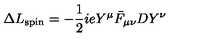
\Delta L _ { \mathrm { s p i n } } = - { \frac { 1 } { 2 } } i e Y ^ { \mu } \bar { F } _ { \mu \nu } D Y ^ { \nu } \,